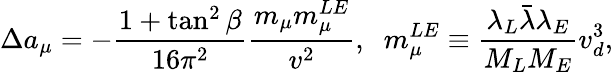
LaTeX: \Delta a_{\mu}=-\frac{1+\tan^{2}\beta}{16\pi^{2}}\frac{m_{\mu}m_{\mu}^{LE}}{v^{2}},\; \; m_{\mu}^{LE}\equiv\frac{\lambda_{L}\bar{\lambda}\lambda_{E}}{M_{L}M_{E}}v_{d}^{3},